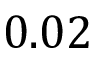
0 . 0 2